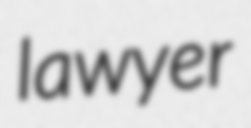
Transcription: lawyer